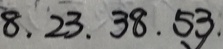
8 . 2 3 . 3 8 . 5 3 .